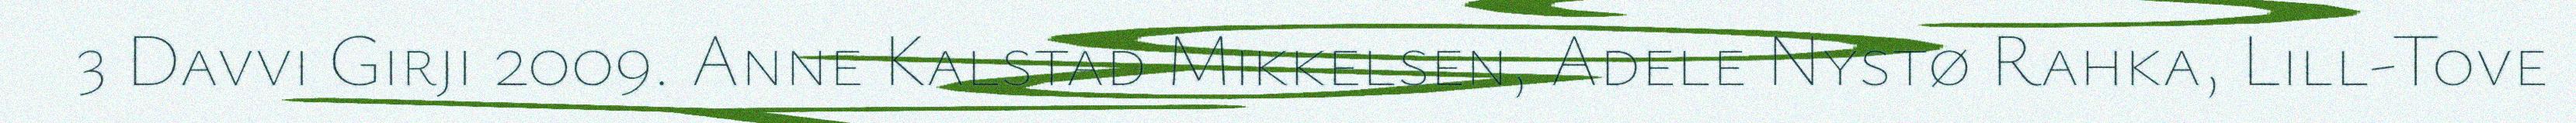
3 Davvi Girji 2009. Anne Kalstad Mikkelsen, Adele Nystø Rahka, Lill-Tove